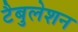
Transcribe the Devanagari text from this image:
टैबुलेशन